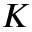
K